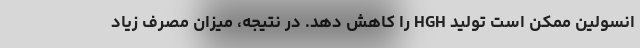
انسولین ممکن است تولید HGH را کاهش دهد. در نتیجه، میزان مصرف زیاد